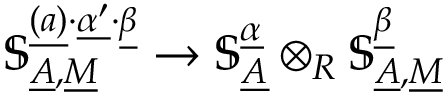
\mathbb { S } _ { \underline { { A } } , \underline { { M } } } ^ { \underline { { ( a ) } } \cdot \underline { { \alpha ^ { \prime } } } \cdot \underline { { \beta } } } \to \mathbb { S } _ { \underline { { A } } } ^ { \underline { { \alpha } } } \otimes _ { R } \mathbb { S } _ { \underline { { A } } , \underline { { M } } } ^ { \underline { { \beta } } }